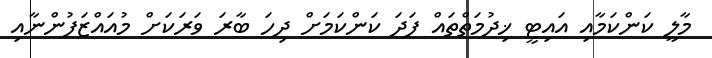
މާލީ ކަންކަމާއި އައިޓީ ޚިދުމަތްތައް ފަދަ ކަންކަމަށް ދިހަ ބާރަ ވަރަކަށް މުއައްޒަފުންނާއި